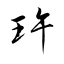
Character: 玝